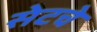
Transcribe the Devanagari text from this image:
सेटचे